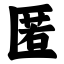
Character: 匿